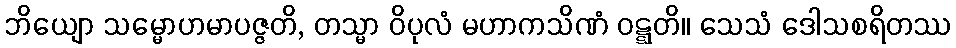
ဘိယျော သမ္မောဟမာပဇ္ဇတိ, တသ္မာ ဝိပုလံ မဟာကသိဏံ ဝဋ္ဋတိ။ သေသံ ဒေါသစရိတဿ